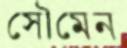
সৌমেন